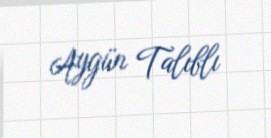
Aygün Talıblı